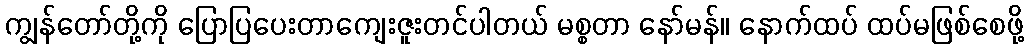
ကျွန်တော်တို့ကို ပြောပြပေးတာကျေးဇူးတင်ပါတယ် မစ္စတာ နော်မန်။ နောက်ထပ် ထပ်မဖြစ်စေဖို့